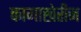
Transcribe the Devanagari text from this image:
कामाखेरीज